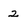
Character: 2